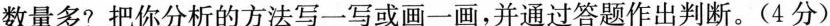
数量多？把你分析的方法写一写或画一画，并通过答题作出判断。(4分)